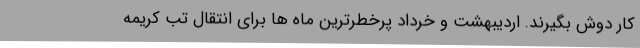
کار دوش بگیرند. اردیبهشت و خرداد پرخطرترین ماه ها برای انتقال تب کریمه